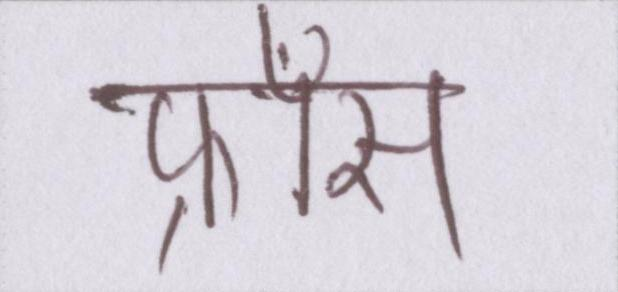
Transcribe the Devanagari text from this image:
फ्राँस